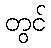
တွင်